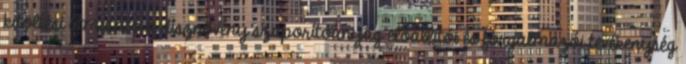
kitöltési útmutató a dísznövény szaporítóanyag előállítói és forgalmazói tevékenység